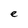
Character: e